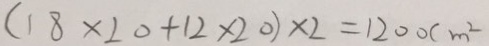
( 1 8 \times 2 0 + 1 2 \times 2 0 ) \times 2 = 1 2 0 0 c m ^ { 2 }